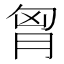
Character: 胷